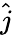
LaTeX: \hat{j}